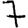
Digit: 7